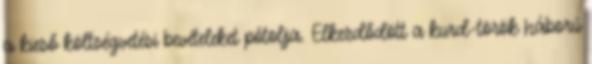
a kieső költségvetési bevételeket pótolja. Elkezdődött a kurd-török háború